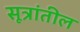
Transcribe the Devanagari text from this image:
सूत्रांतील